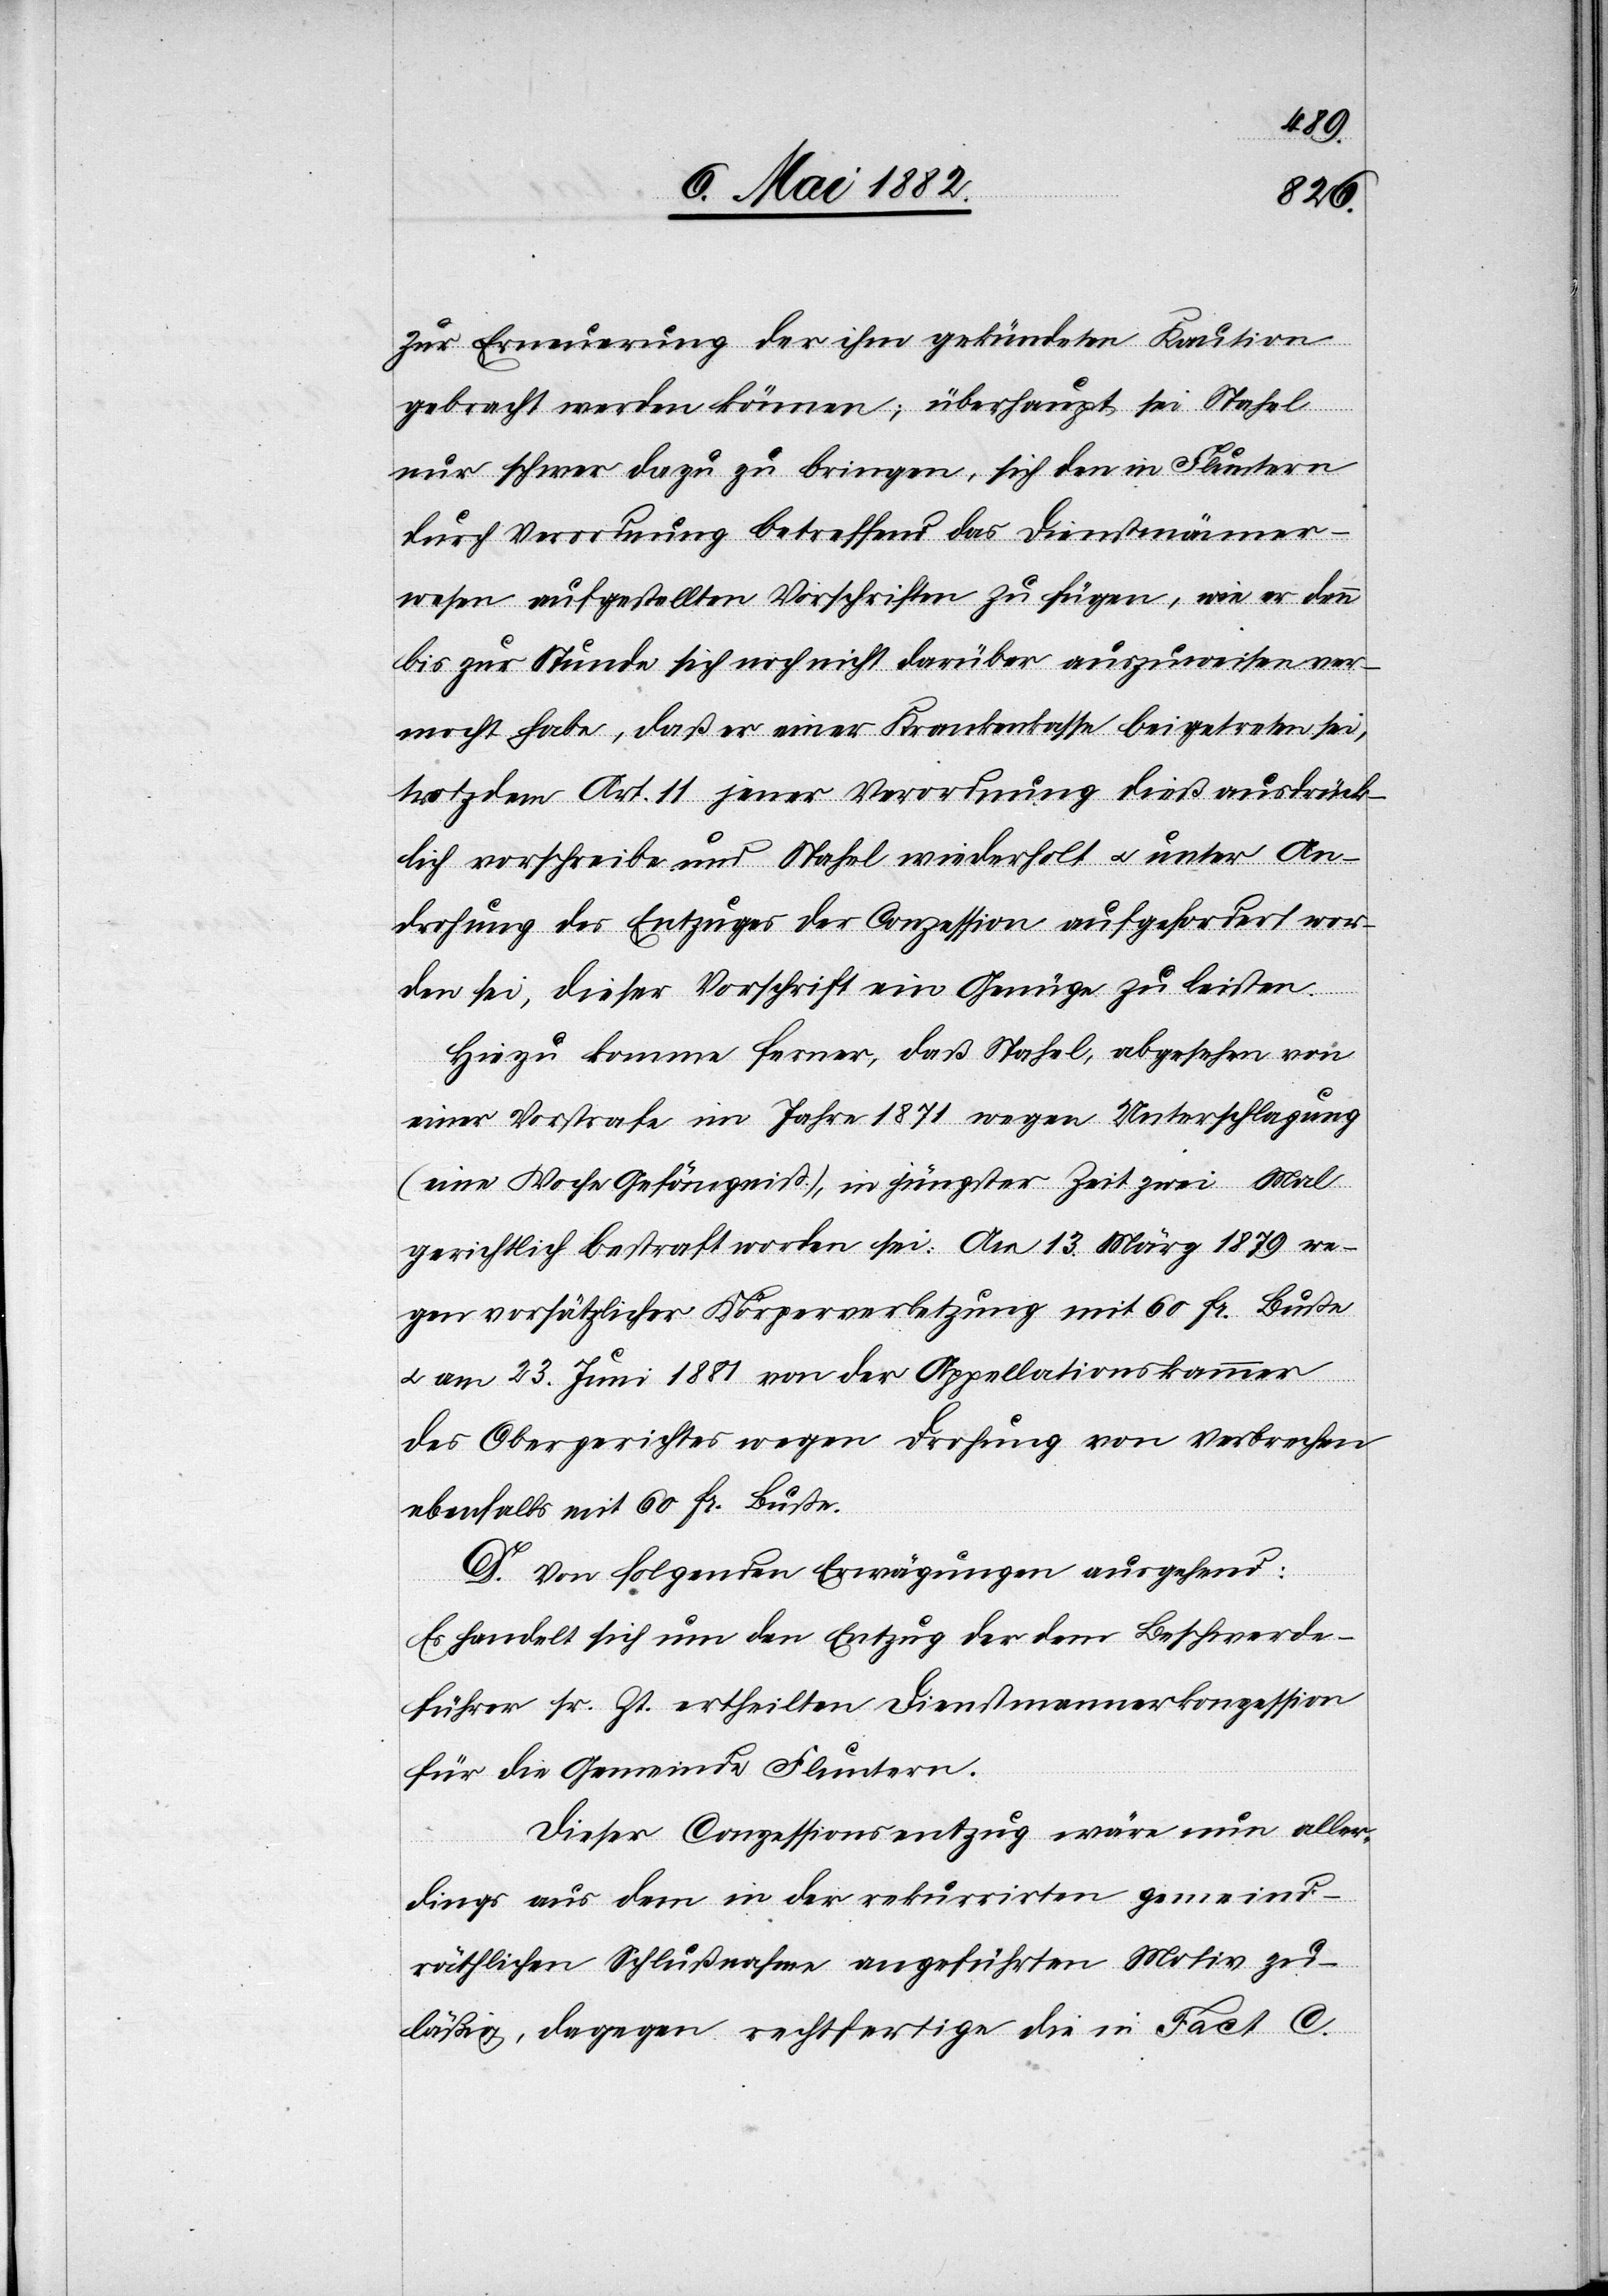
1881
zur Erneuerung der ihm gekündeten Kaution
gebracht werden können; überhaupt sei Stahel
nur schwer dazu zu bringen, sich den in Fluntern
durch Verordnung betreffend das Dienstmänner¬
wesen aufgestellten Vorschriften zu fügen, wie er denn
bis zur Stunde sich noch nicht darüber auszuweisen ver¬
mocht habe, daß er einer Krankenkasse beigetreten sei,
trotzdem Art. 11 jener Verordnung dieß ausdrück¬
lich vorschreibe und Stahel wiederholt u. unter An¬
drohung des Entzuges der Conzession aufgefordert wor¬
den sei, dieser Vorschrift Genüge zu leisten.
Hiezu komme ferner, daß Stahel, abgesehen von
einer Vorstrafe im Jahre 1871 wegen Unterschlagung
(eine Woche Gefängniß), in jüngster Zeit zwei Mal
gerichtlich bestraft worden sei. Am 13. März 1879 we¬
gen vorsätzlicher Körperverletzung mit 60 Fr. Buße
ebenfalls mit 60 Fr. Buße.
D. Von folgenden Erwägungen ausgehend:
Es handelt sich um den Entzug der dem Beschwerde¬
führer sr. Zt. ertheilten Dienstmännerkonzession
für die Gemeinde Fluntern.
Dieser Conzessionsentzug wäre nun aller¬
dings aus dem in der rekurrirten gemeind¬
räthlichen Schlußnahme angeführten Motiv zu¬
läßig, dagegen rechtfertigen die in Fact. C.